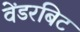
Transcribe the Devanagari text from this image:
वेंडरबिट